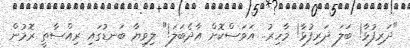
"ދަރިފުޅާ! ބަލަ ދަރިފުޅާ! މާހިރު.. އަވަސްކޮށް އާދެބަލަ!" ލިވިޔާ ބަނޑުގައި ރިއްސާތީ ރޮމުން